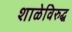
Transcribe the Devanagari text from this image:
शाळेविरुद्ध